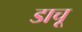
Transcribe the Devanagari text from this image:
डाचू